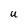
Character: U